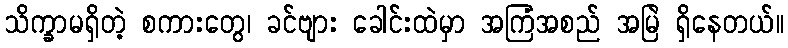
သိက္ခာမရှိတဲ့ စကားတွေ၊ ခင်ဗျား ခေါင်းထဲမှာ အကြံအစည် အမြဲ ရှိနေတယ်။